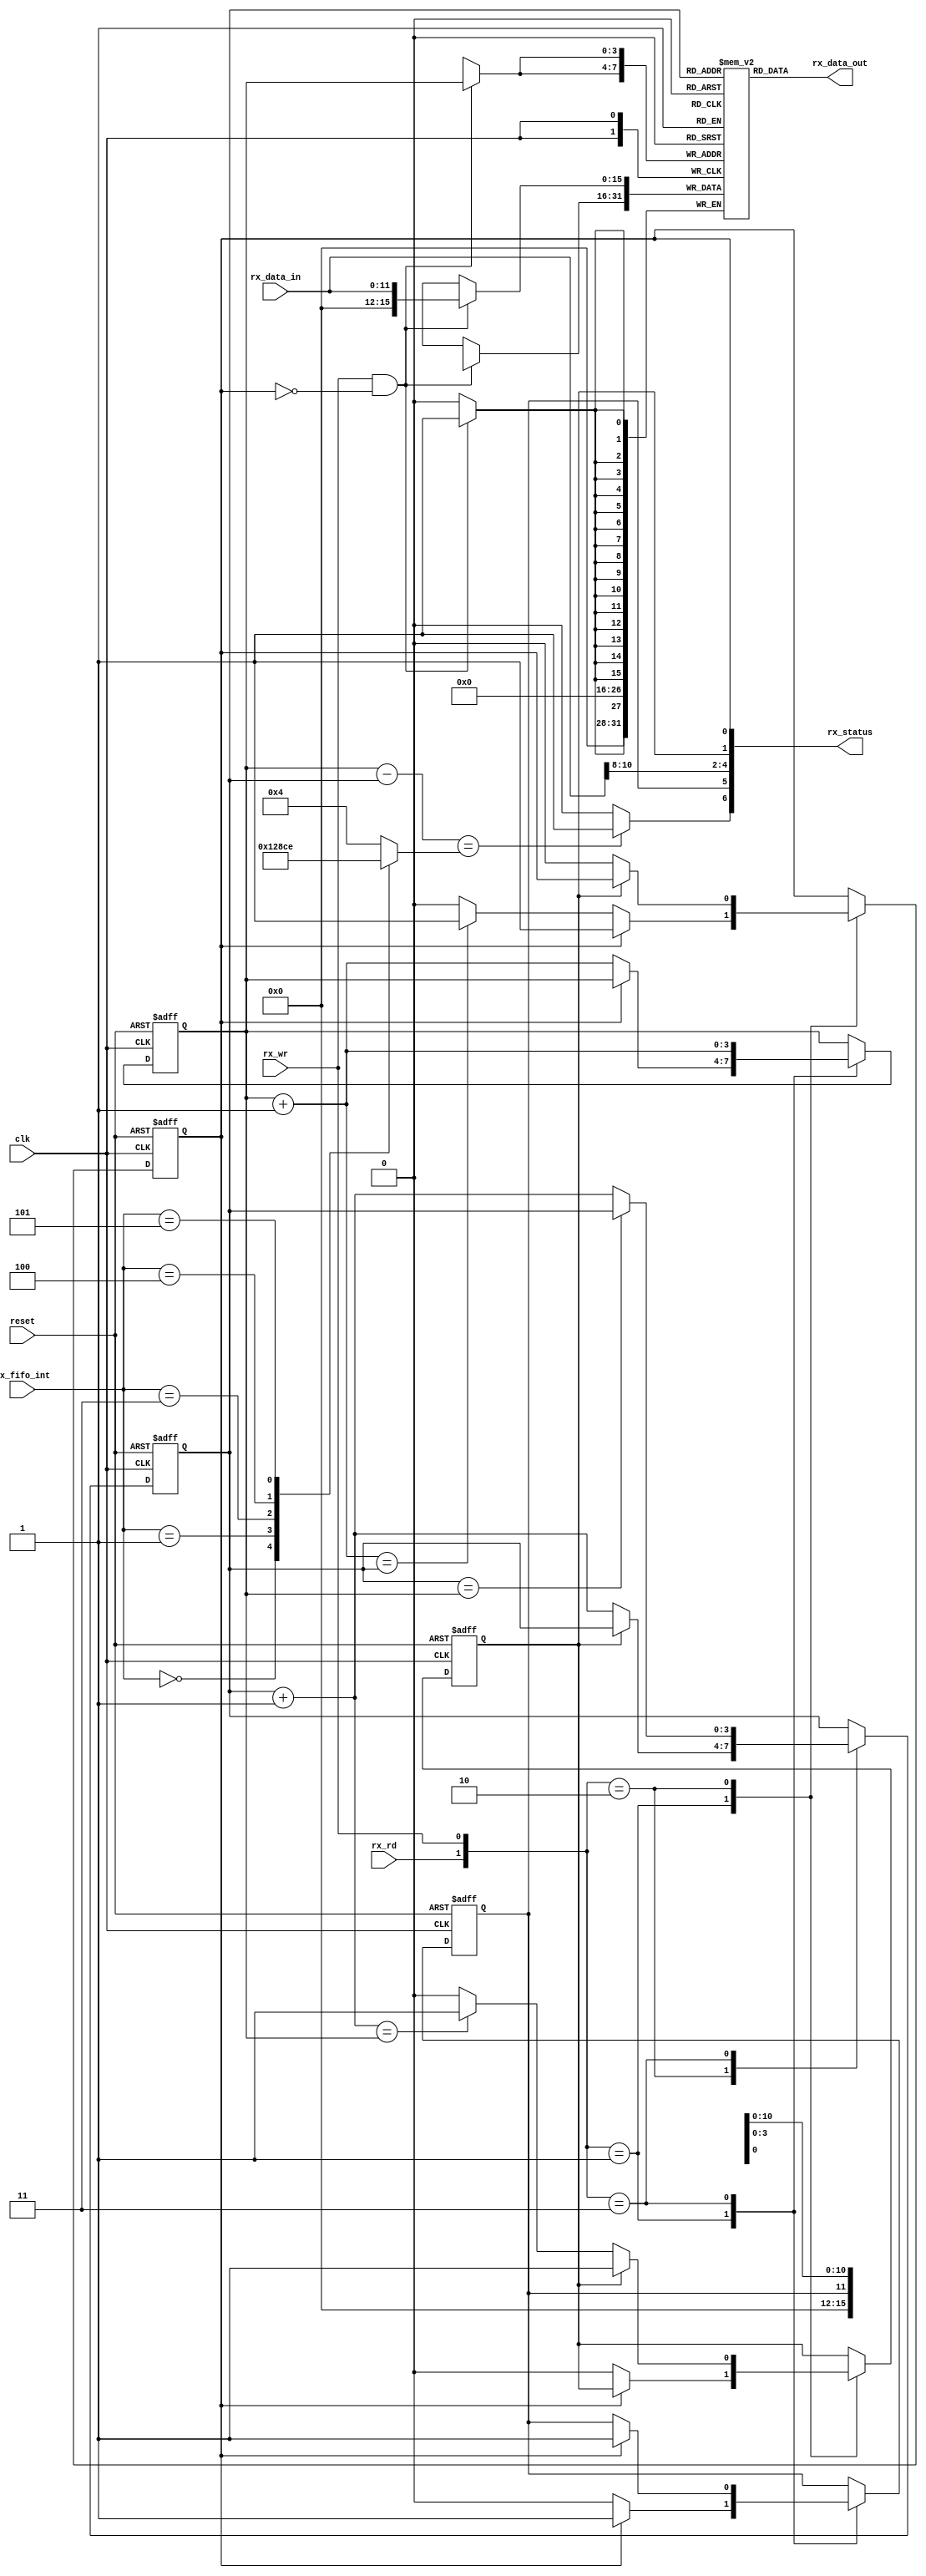
`timescale 1ns / 1ps

module uart_rx_fifo
  (
  input           clk, reset ,
  input   [2:0]  rx_fifo_int,
  input   [11:0] rx_data_in,
  input          rx_rd, rx_wr ,

  output  [15:0] rx_data_out,
  output  [6:0]  rx_status
  );

parameter   W = 4 ;  // number of address line

reg [15:0]     rx_buf_array [2**W-1:0] ;
reg [W-1:0]   wr_ptr_reg, wr_ptr_next ;  //write pointer reg/next/accepted
reg [W-1:0]   rd_ptr_reg, rd_ptr_next ; //read pointer
reg           full_reg, empty_reg, full_next, empty_next ;
reg           overrun_reg, overrun_next ;
reg [3:0]     interrupt_level;
wire          interrupt  ;
integer       i ;
assign rx_data_out = rx_buf_array[rd_ptr_reg] ;           //NTC

initial begin
 #1 case(rx_fifo_int)
  3'b000: interrupt_level = 4'd1 ;
  3'b001: interrupt_level = 4'd2 ;
  3'b010: interrupt_level = 4'd4 ;
  3'b011: interrupt_level = 4'd8 ;
  3'b100: interrupt_level = 4'd12;
  3'b101: interrupt_level = 4'd14;
  default: interrupt_level = 4'd4;
  endcase
  wr_ptr_next = 4'h0 ;
  rd_ptr_next = 4'h0 ;
  full_next   = 1'b0 ;
  empty_next  = 1'b1 ;
  overrun_next= 1'b0 ;
  wr_ptr_reg  = 4'h0 ;
  rd_ptr_reg  = 4'h0 ;
  full_reg    = 1'b0 ;
  empty_reg   = 1'b1 ;
  overrun_reg = 1'b0 ;
  for(i=0;i<16;i=i+1)
    rx_buf_array[i] = 16'h0 ;
end

always @(posedge clk or posedge reset)
begin
    if(reset)
      begin
      wr_ptr_reg    <= 0 ;
      rd_ptr_reg    <= 0;
      full_reg      <= 1'b0 ;
      empty_reg     <= 1'b1 ;
      overrun_reg   <= 1'b0 ;
      end
    else
      begin
      wr_ptr_reg    <= wr_ptr_next ;
      rd_ptr_reg    <= rd_ptr_next ;
      full_reg      <= full_next   ;
      empty_reg     <= empty_next  ;
      overrun_reg   <= overrun_next;
      end
end

always @(posedge clk)
begin
    if(rx_wr & ~full_reg)
    begin
    rx_buf_array[wr_ptr_reg]      = {4'b0, rx_data_in} ;
    rx_buf_array[wr_ptr_reg][11]  = overrun_reg ;  //overrun error
    end
end

always @(*)
begin
      wr_ptr_next     = wr_ptr_reg ;
      rd_ptr_next     = rd_ptr_reg ;
      full_next       = full_reg   ;
      empty_next      = empty_reg  ;
      overrun_next    = overrun_reg;


      case({rx_rd, rx_wr})
        2'b01:  //write
            if(~full_reg)
              begin

                wr_ptr_next       =  wr_ptr_reg + 1  ;
                empty_next        =  1'b0 ;
                overrun_next      =  1'b0 ;
                if(wr_ptr_next == rd_ptr_reg)
                    full_next = 1'b1 ;
              end
            else
              overrun_next = 1'b1 ;
        2'b10:   //read
          if(~empty_reg)
            begin
              rd_ptr_next = rd_ptr_reg + 1 ;
              full_next   = 1'b0 ;
              if(rd_ptr_next == wr_ptr_reg)
              empty_next = 1'b1 ;
            end
        2'b11:  // read and write concurently
          begin
            wr_ptr_next = wr_ptr_reg + 1  ;
            rd_ptr_next = rd_ptr_reg + 1 ;
            if(rd_ptr_reg==wr_ptr_reg)
                rd_ptr_next = rd_ptr_reg ;
            if(full_reg)
              overrun_next = 1'b1 ;
          end

      endcase

end
assign interrupt = ((wr_ptr_reg - rd_ptr_reg)==interrupt_level)?1'b1:1'b0 ;
assign rx_status = {interrupt , overrun_reg, rx_data_in[10:8],empty_reg, full_reg } ;

endmodule // uart_tx_fifo